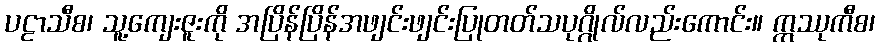
ပဠာသီစ၊ သူ့ကျေးဇူးကို အပြိန်ပြိန်အဖျင်းဖျင်းပြုတတ်သပုဂ္ဂိုလ်လည်းကောင်း။ ဣဿုကီစ၊